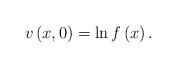
LaTeX: \begin{align*}v\left( x,0\right) =\ln f\left( x\right) . \end{align*}